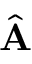
\hat { \bf A }